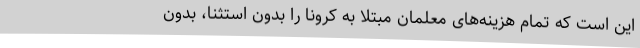
این است که تمام هزینه‌های معلمان مبتلا به کرونا را بدون استثنا، بدون